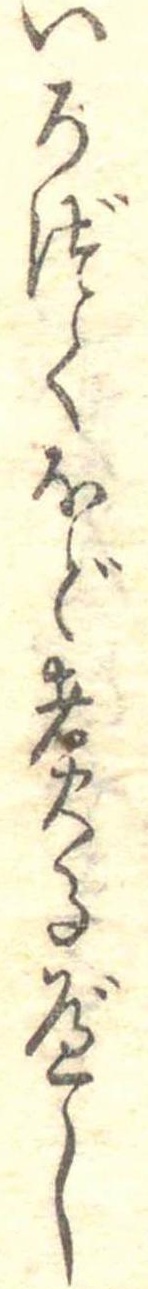
いろづくほど煮るべし